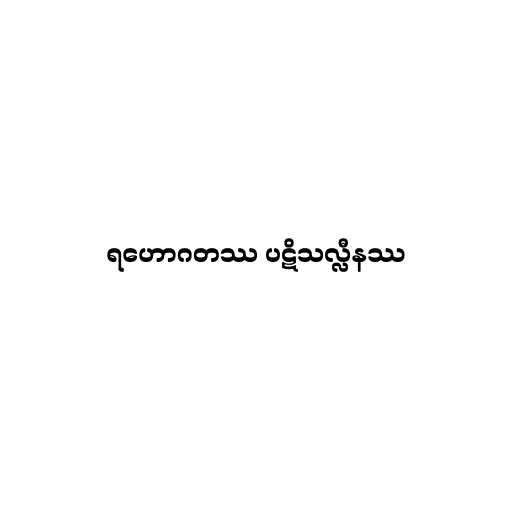
ရဟောဂတဿ ပဋိသလ္လီနဿ